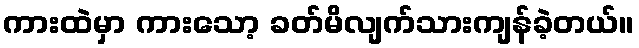
ကားထဲမှာ ကားသော့ ခတ်မိလျက်သားကျန်ခဲ့တယ်။